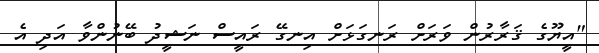
"އީޔޫގެ ޤަރާރުން ވަރަށް ރަނގަޅަށް އިނގޭ ރައީސް ނަޝީދު ބޭނުންވާ އަދި އެ